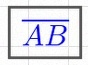
\overline{AB}